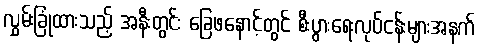
လွှမ်းခြုံထားသည့် အနီးတွင်း ခြေဖနောင့်တွင် စီးပွားရေးလုပ်ငန်းများအနက်